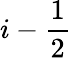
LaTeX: i-\frac{1}{2}